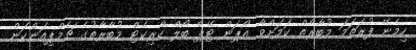
ހިމެނޭ ފުރަތަމަ މުބާރާތް ކަމަށްވާ އޯޕަން ޓޭޕް ބޯލް ކްރިކެޓް މުބާރާތުގެ ޗެމްޕިއަންކަން